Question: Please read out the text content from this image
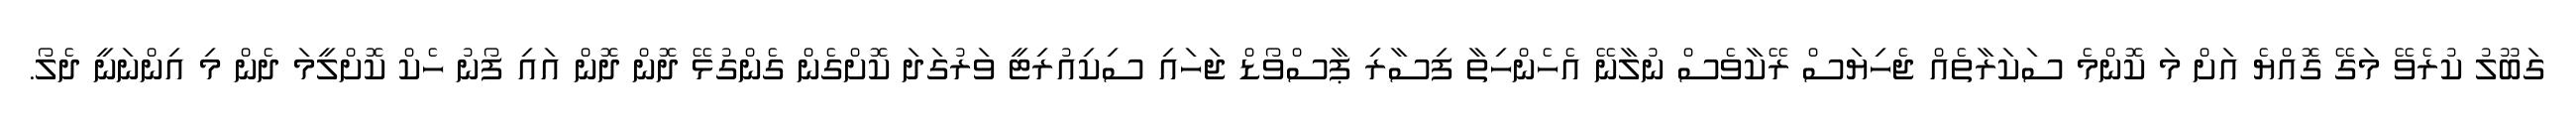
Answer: ގަބޫލު ކުރެވޭ މަގޭ ގޮއްޔެ އަށް މަ ކޮންމެ ސަކަރާތެއް ޖެހިޔަސް ރޭކާވެސް ނުލާނޭ އެހެންހިތާ ފިސާރި ޕާސްވޯޑް ޖަހައި ސިކިއުރިޓީ ވަރުގަދަ ކޮށްގެން ގެންގުޅޭ ދޮން ދޮން އައި ފޯނު ހެކް ކޮށްލީމަ ދެން މި އިންނަނީ ދެލޯ.